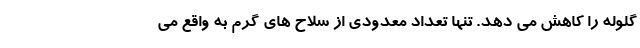
گلوله را کاهش می دهد. تنها تعداد معدودی از سلاح های گرم به واقع می